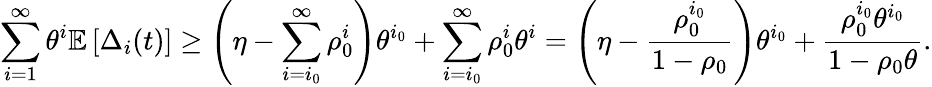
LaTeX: \sum_{i=1}^{\infty}\theta^{i}\mathbb{E}\left[\Delta_{i}(t)\right]\geq\left(\eta-\sum_{i=i_{0}}^{\infty}\rho_{0}^{i}\right)\theta^{i_{0}}+\sum_{i=i_{0}}^{\infty}\rho_{0}^{i}\theta^{i}=\left(\eta-\frac{\rho_{0}^{i_{0}}}{1-\rho_{0}}\right)\theta^{i_{0}}+\frac{\rho_{0}^{i_{0}}\theta^{i_{0}}}{1-\rho_{0}\theta}.